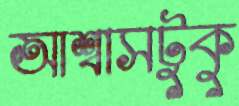
আশ্বাসটুকু